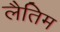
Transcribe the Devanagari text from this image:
लैतिम